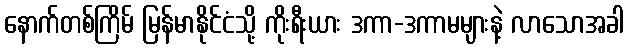
နောက်တစ်ကြိမ် မြန်မာနိုင်ငံသို့ ကိုးရီးယား ဒကာ-ဒကာမများနဲ့ လာသောအခါ